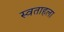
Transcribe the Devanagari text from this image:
स्वताहला